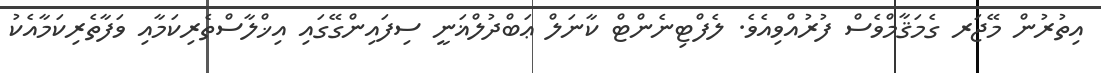
އިތުރުން މޭޖަރ ގެމަޤާމްވެސް ފުރުއްވިއެވެ. ލެފްޓިނެންޓް ކާނަލް ޢަބްދުލްޣަނީީ ސިފައިންގޭގައި އިޚްލާސްތެރިކަމާއި ވަފާތެރިކަމާއެކު